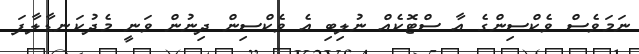
ނަމަވެސް ވެކްސިންގެ އާ ސްޓޮކެއް ނުލިބި އެ ވެކްސިން ދިނުން ވަނީ މެދުކަނޑާލާފަ